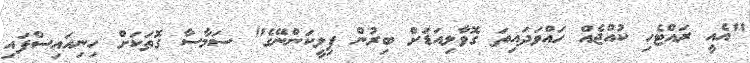
"އެއީ ރައްޓެހި ކުއްޖެއް ހައްވަދައިތަ ގޮވާލިއަޑަށް ބިރުން ފިލީކަންނޭގެ" ސަމާސާ ގޮތަކަށް ހިނިއައިސްފައި